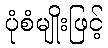
ပုံစံမျိုးဖြင့်